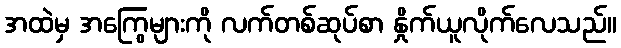
အထဲမှ အကြွေများကို လက်တစ်ဆုပ်စာ နှိုက်ယူလိုက်လေသည်။